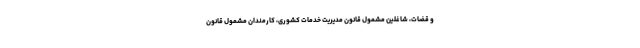
و قضات، شاغلین مشمول قانون مدیریت خدمات کشوری، کارمندان مشمول قانون